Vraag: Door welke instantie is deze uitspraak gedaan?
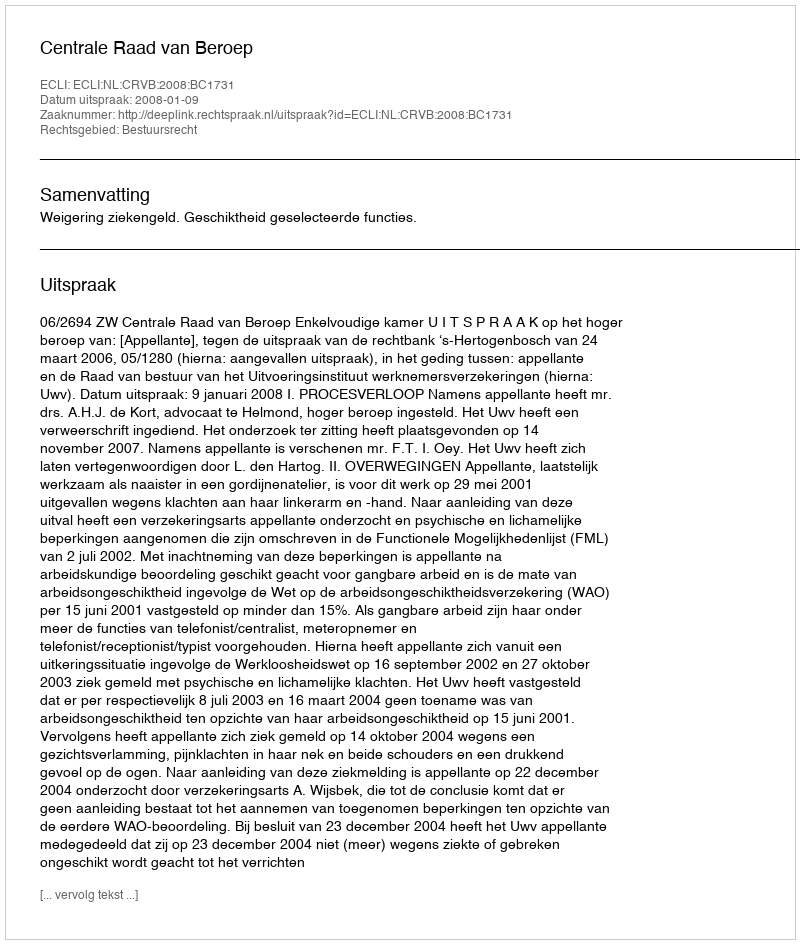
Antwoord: Centrale Raad van Beroep